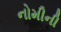
નોમીની